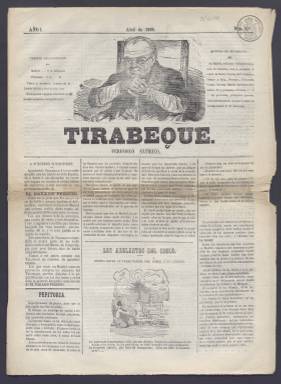
Título: Tirabeque (Madrid. 1865)
Colección: Periódicos || Revistas satíricas y humorísticas
Ámbito geográfico: Madrid
Lugar de publicación: Madrid
Fechas: 01/04/1865-03/06/1865